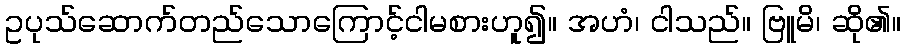
ဥပုသ်ဆောက်တည်သောကြောင့်ငါမစားဟူ၍။ အဟံ၊ ငါသည်။ ဗြူမိ၊ ဆို၏။